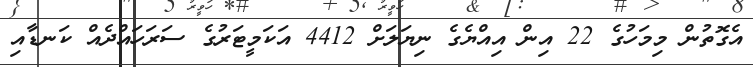
އެގޮތުން މިމަހުގެ 22 އިން އިއްޔެގެ ނިޔަލަށް 4412 އަކަމީޓަރުގެ ސަރަހައްދެއް ކަނޑާއި